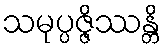
သမုပ္ပဇ္ဇိဿန္တိ